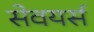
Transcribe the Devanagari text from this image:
सेवयर्स